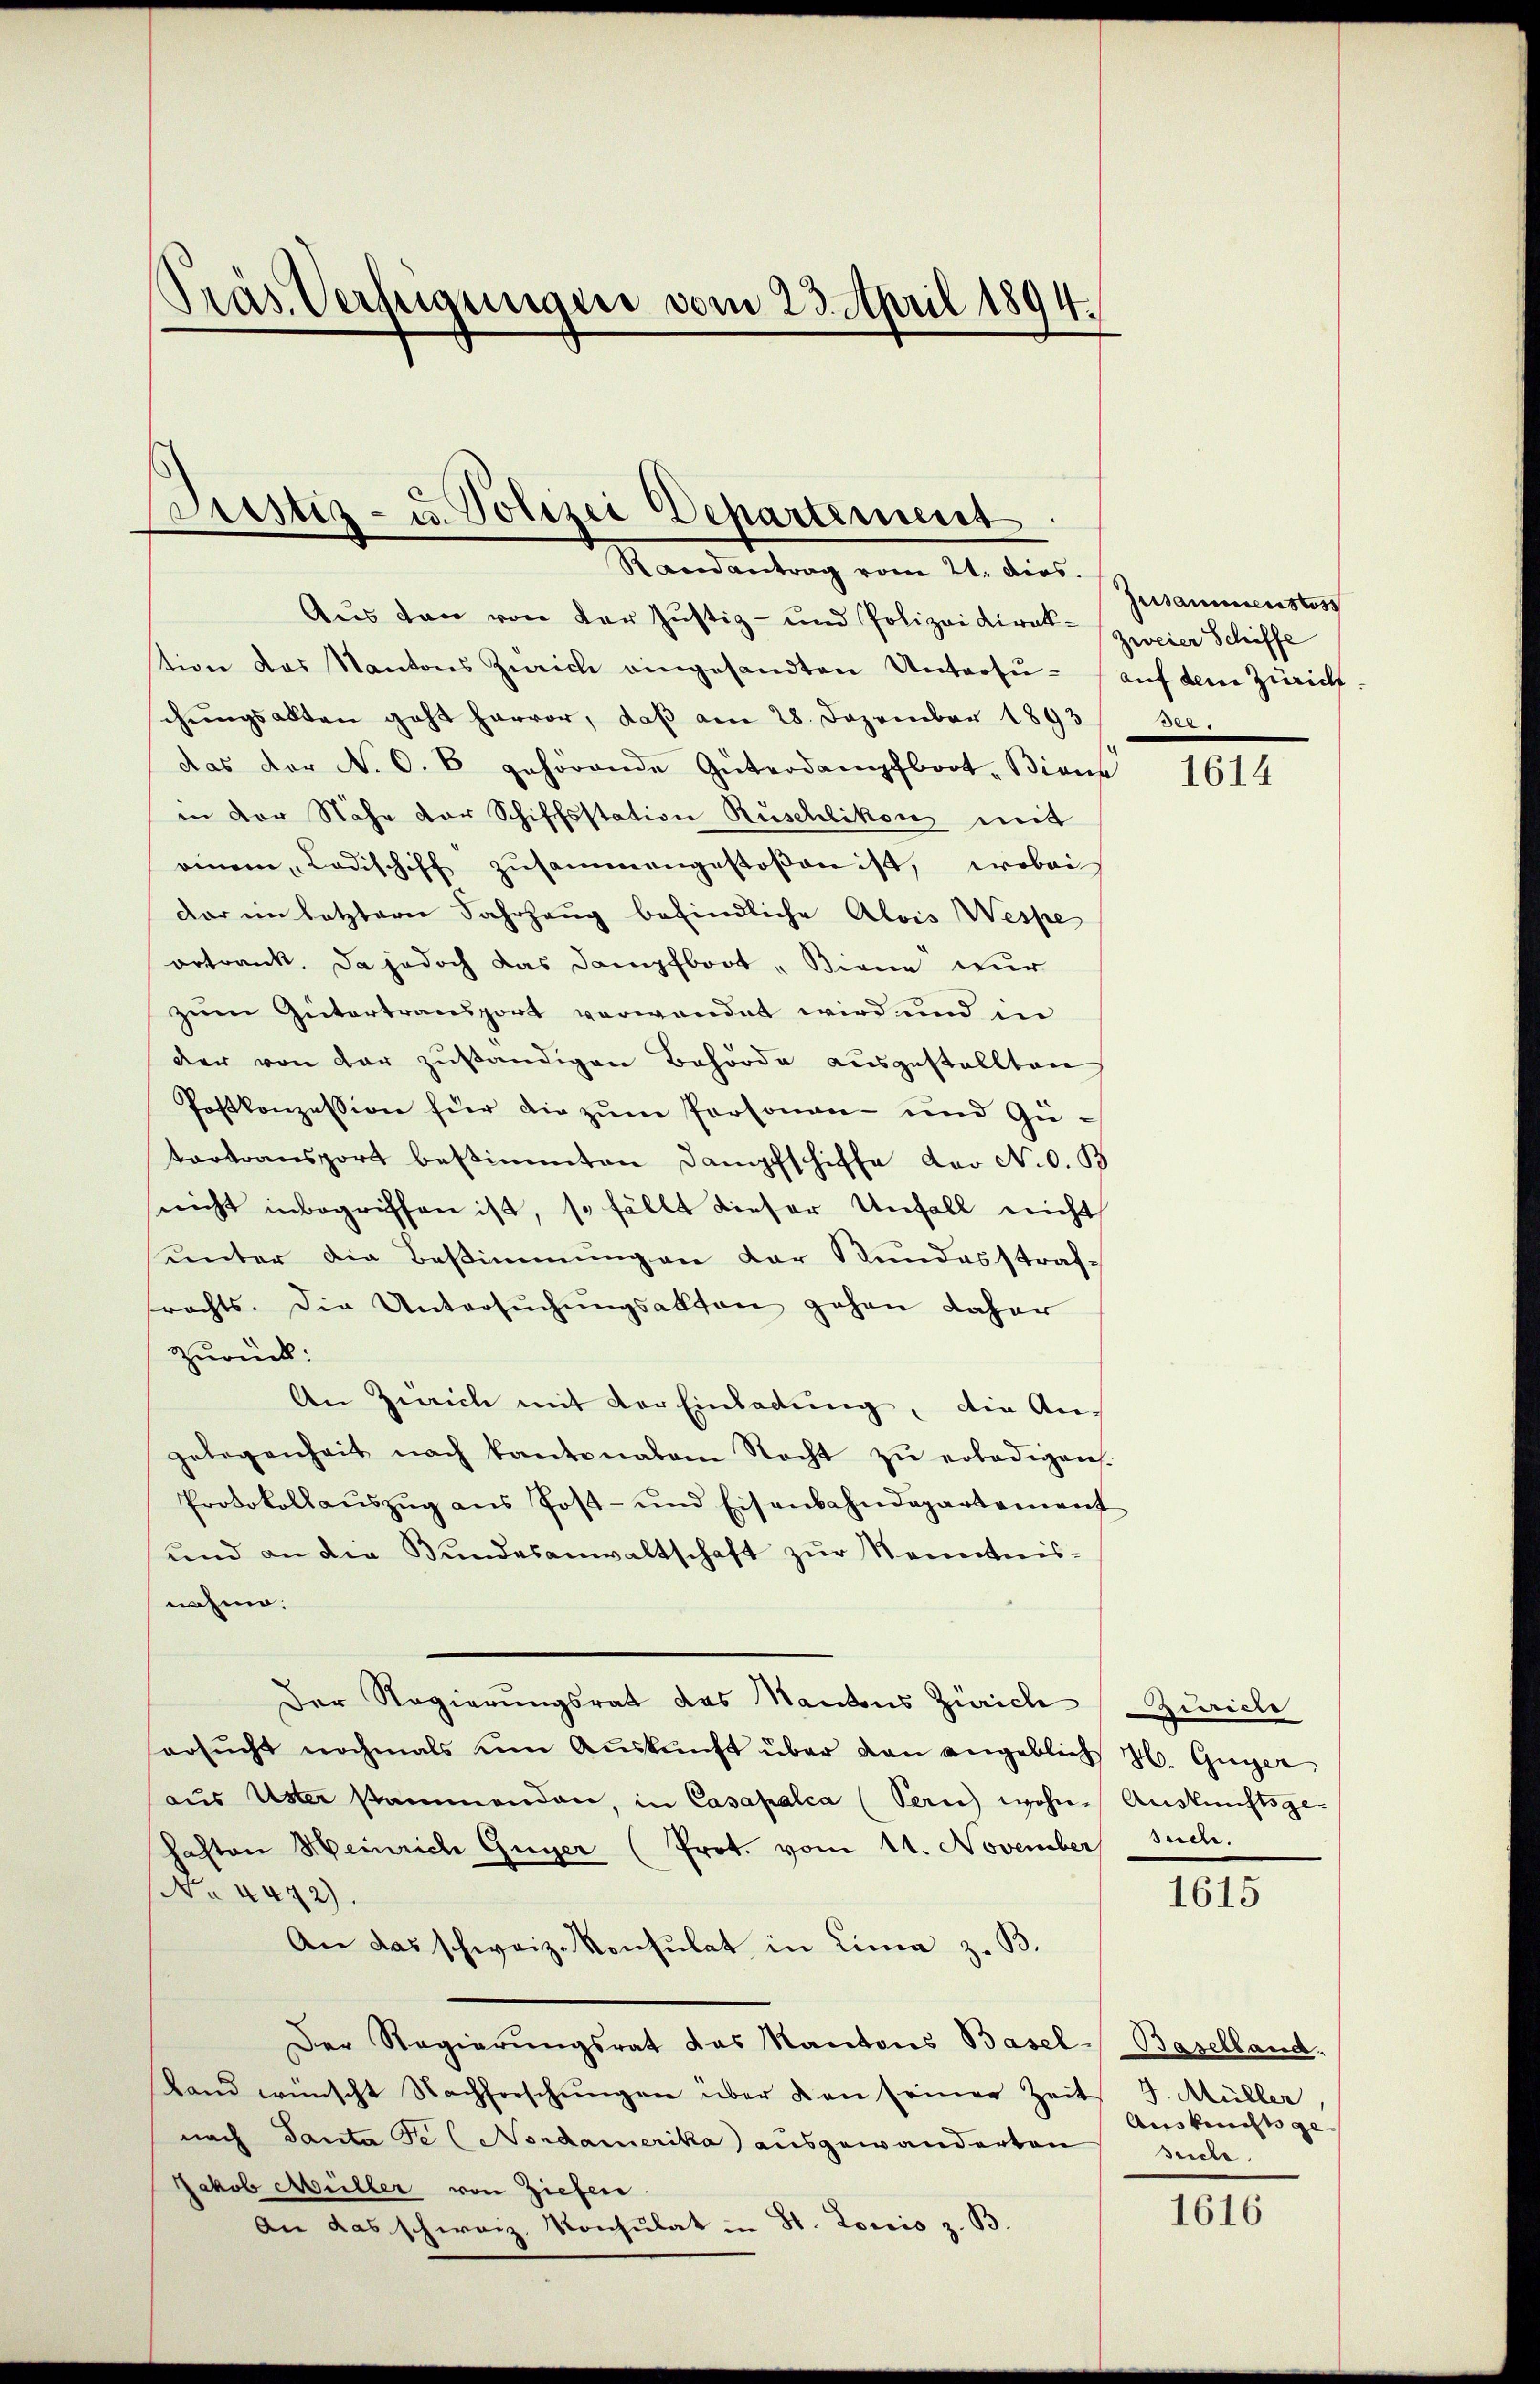
Pras Verfügungen vom 23. April 1894.

Aus den von der Justiz- und Polizeidirat zweier Schiffe
stion das Kantons Zürich eingesandten Untersŭ-auf dem Zürich-
chungsakten geht hervor, daß am 28. Dezember 1893/ See.
das der N. O. B. gehörende Güterdampfboot, Biene
in der Nähe der Schiffsstation Rüschlikon mit
einem Ladischiff zusammengestoβen ist, wobei
dar im letztere Fahrzeug befindliche Alois Wespe
ortrank. Da jedoch das Dampfboot " Birne wur
zum Gütertransport verwendet wird und in
der von der zŭständigen Behörde aŭsgestellten
Postkonzession für die zum Personen- und Gütortransport bestimmten Dampfschiffe der N. O. B
snicht inbegriffen ist, so fällt dieser Unfall nicht
unter die Bestimmung an der Stundesstraf-
rachts. Die Untersŭchŭngsakten gehen daher
Zurück:
An Zürich mit der Einladung, die Angelegenheit nach kantonalem Nacht zŭ erledigen.
Protokollaŭszŭg ans Post- und Eisenbahndepartament
und an die Bundesanwaltschaft zur Kenntnisnahme.
Der Regierungsrat des Mantons Zürich Zürich
orsŭcht nochmals ŭm Aŭskŭnft über dan angeblich H. Guger
aŭs Uster stammenden, in Casapalca (Pern) wohne Auskunftsge-
haften Meinrich Guger (Prot. vom 11. November such.
No 4472).
An das schweiz. Konsulat in Lina z. B.
Der Regierungsrat das Kantons Basel-Baselland.
Land wünscht Nachforschungen über den seiner Zeit J. Müller
nach Tanta Fe (Nordamerika ausgewanderten
Jakob Müller von Ziehen.
An das schweiz. Konsulat in St. Loris z. B.

Justiz- u. Polizei Departement.
Randantrag vom 21. dies.

Zusammenstos

1614

1615

Auskunft ge
suche.

1616